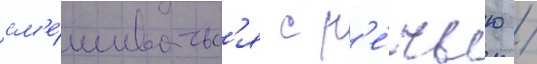
см'е́шиватьс'я с р'е́чью /